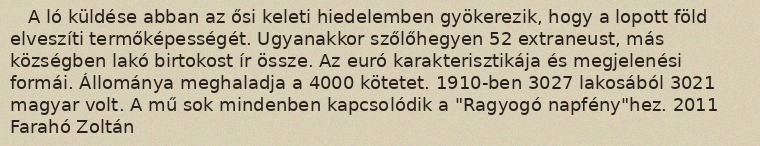
A ló küldése abban az ősi keleti hiedelemben gyökerezik, hogy a lopott föld elveszíti termőképességét. Ugyanakkor szőlőhegyen 52 extraneust, más községben lakó birtokost ír össze. Az euró karakterisztikája és megjelenési formái. Állománya meghaladja a 4000 kötetet. 1910-ben 3027 lakosából 3021 magyar volt. A mű sok mindenben kapcsolódik a "Ragyogó napfény"hez. 2011 Farahó Zoltán